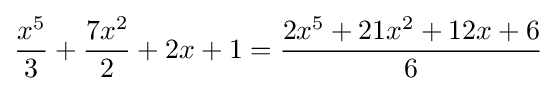
{\frac {x^{5}}{3}}+{\frac {7x^{2}}{2}}+2x+1={\frac {2x^{5}+21x^{2}+12x+6}{6}}